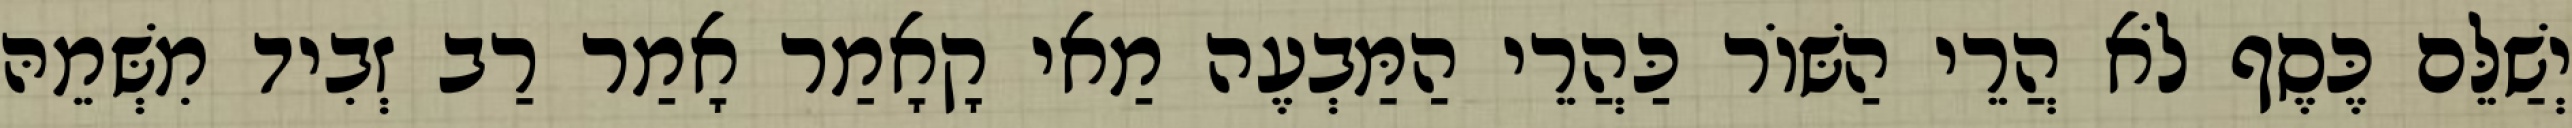
יְשַׁלֵּם כֶּסֶף לֹא הֲרֵי הַשּׁוֹר כַּהֲרֵי הַמַּבְעֶה מַאי קָאָמַר אָמַר רַב זְבִיד מִשְּׁמֵהּ